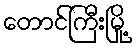
တောင်ကြီးမြို့